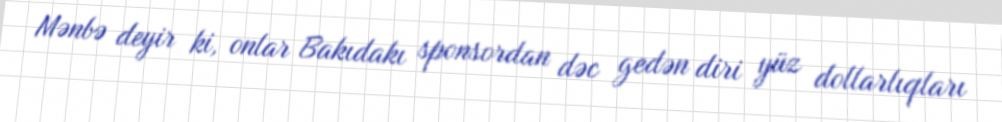
Mənbə deyir ki, onlar Bakıdakı sponsordan dəc gedən diri yüz dollarlıqları